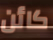
كائن